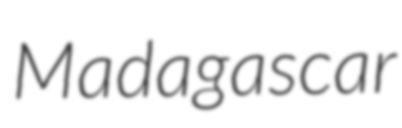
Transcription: Madagascar